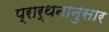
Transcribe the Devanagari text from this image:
प्रार्थनानुसार